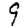
Digit: 9